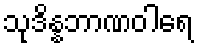
သုဒိန္နဘာဏဝါရေ